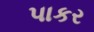
પાકર